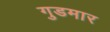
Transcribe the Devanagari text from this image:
गुडमार